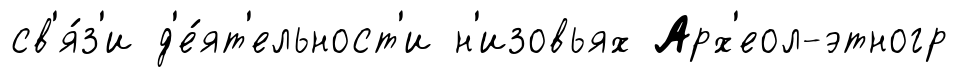
св'я́з'и д'е́ят'ельност'и н'изовьях Арх'еол-этногр